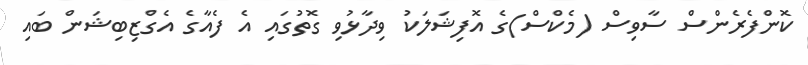
ކޮންފެރެންސް ސާވިސް (މެކްސް)ގެ އޮފިޝަލަކު ވިދާޅުވި ގޮތުގައި އެ ފެއާގެ އެގްޒިބިޝަން ބައި